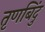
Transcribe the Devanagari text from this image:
तृणबिंदु